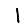
Digit: 1